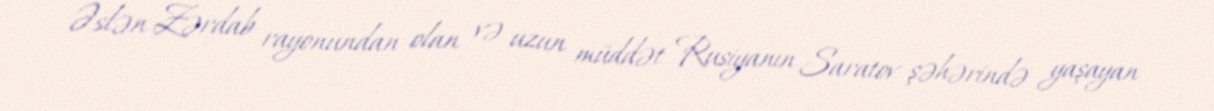
Əslən Zərdab rayonundan olan və uzun müddət Rusiyanın Saratov şəhərində yaşayan